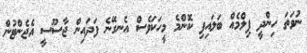
ނުވަތަ ހިންދީ ފިލްމެއް ބަލައިފި ކޮންމެ މީހަކަވެސް އެނގޭނެ ފަދައިން ޖާސޫސީ އެޖެންޓުން